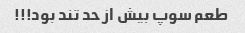
طعم سوپ بیش از حد تند بود!!!